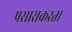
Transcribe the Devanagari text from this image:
प्रसाराकरता